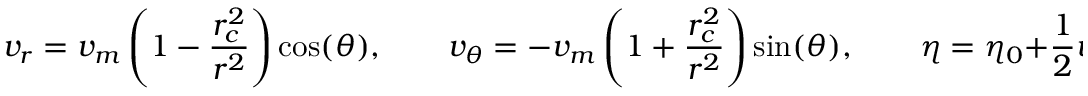
v _ { r } = v _ { m } \left( 1 - \frac { r _ { c } ^ { 2 } } { r ^ { 2 } } \right) \cos ( \theta ) , \qquad v _ { \theta } = - v _ { m } \left( 1 + \frac { r _ { c } ^ { 2 } } { r ^ { 2 } } \right) \sin ( \theta ) , \qquad \eta = \eta _ { 0 } + \frac { 1 } { 2 } v _ { m } ^ { 2 } g \left( \frac { 2 r _ { c } ^ { 2 } } { r ^ { 2 } } \cos ( 2 \theta ) - \frac { r _ { c } ^ { 4 } } { r ^ { 2 } } \right) ,